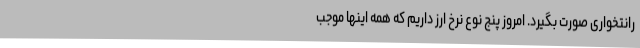
رانتخواری صورت بگیرد. امروز پنج نوع نرخ ارز داریم که همه اینها موجب